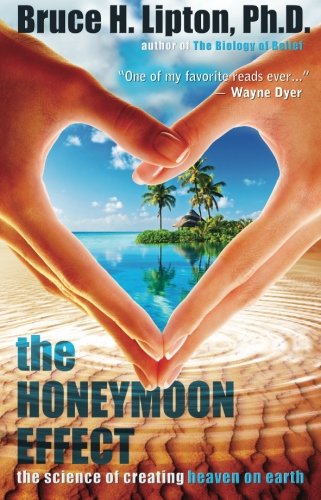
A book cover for The Honeymoon Effect: The Science of Creating Heaven on Earth; Bruce H. Lipton Ph.D. Ph.D.; Religion & Spirituality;